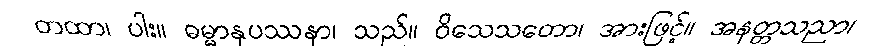
တထာ၊ ပါး။ ဓမ္မာနုပဿနာ၊ သည်။ ဝိသေသတော၊ အားဖြင့်။ အနတ္တသညာ၊